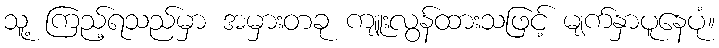
သူ့ ကြည့်ရသည်မှာ အမှားတခု ကျူးလွန်ထားသဖြင့် မျက်နှာပူနေပုံ။